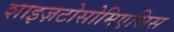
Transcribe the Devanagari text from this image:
शाइज़टोसोमिएसिस